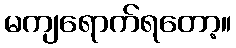
မကျရောက်ရတော့။